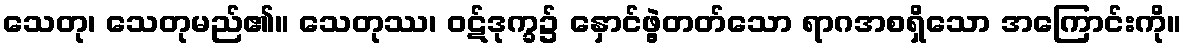
သေတု၊ သေတုမည်၏။ သေတုဿ၊ ဝဋ်ဒုက္ခ၌ နှောင်ဖွဲ့တတ်သော ရာဂအစရှိသော အကြောင်းကို။